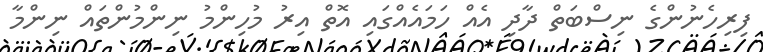
ފިރިހެނުންގެ ނިސްބަތް ދާދި އެއް ހަމައެއްގައި އޮތް އިރު މުހިންމު ނިންމުންތައް ނިންމާ